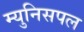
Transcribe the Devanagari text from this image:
म्युनिसपल